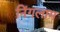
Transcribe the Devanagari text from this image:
निंगलाम